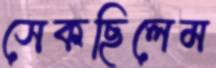
সেকছিলেম